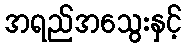
အရည်အသွေးနှင့်